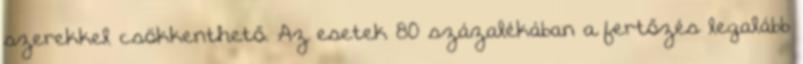
szerekkel csökkenthető. Az esetek 80 százalékában a fertőzés legalább